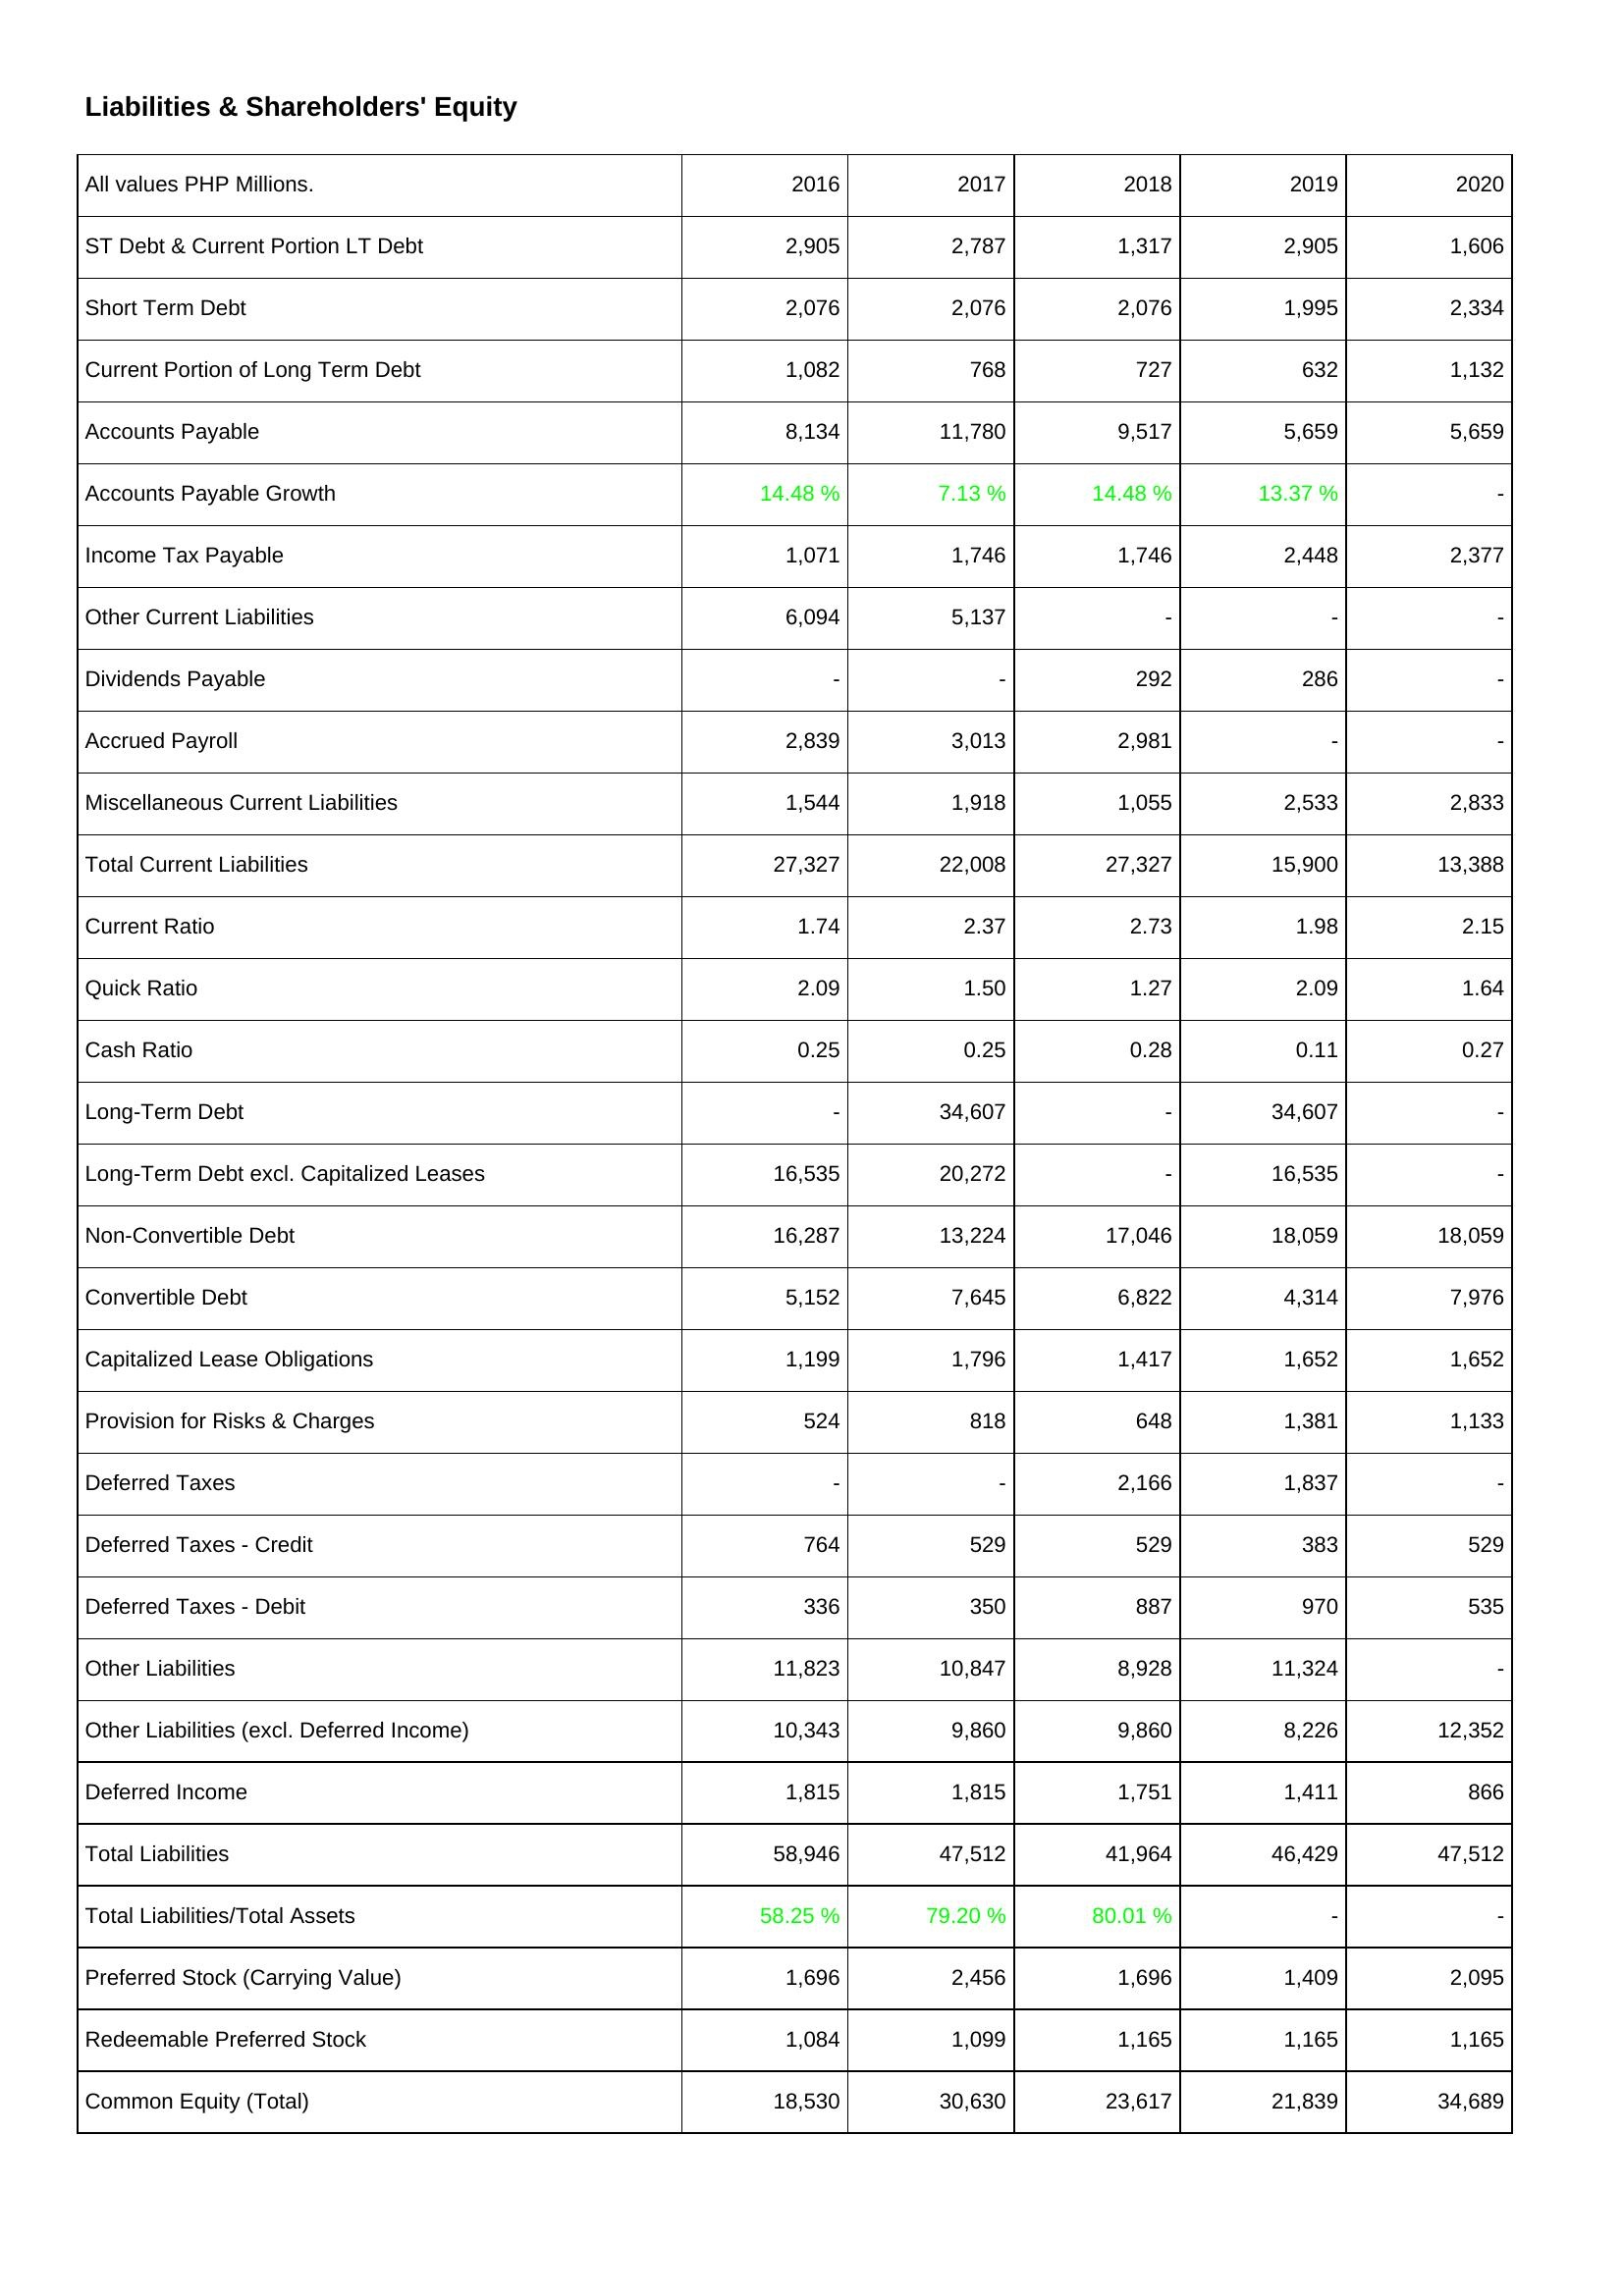
2016: Liabilities & Shareholders' Equity: ST Debt & Current Portion LT Debt: 2,905
Short Term Debt: 2,076
Current Portion of Long Term Debt: 1,082
Accounts Payable: 8,134
Accounts Payable Growth: 14.48 %
Income Tax Payable: 1,071
Other Current Liabilities: 6,094
Dividends Payable: -
Accrued Payroll: 2,839
Miscellaneous Current Liabilities: 1,544
Total Current Liabilities: 27,327
Current Ratio: 1.74
Quick Ratio: 2.09
Cash Ratio: 0.25
Long-Term Debt: -
Long-Term Debt excl. Capitalized Leases: 16,535
Non-Convertible Debt: 16,287
Convertible Debt: 5,152
Capitalized Lease Obligations: 1,199
Provision for Risks & Charges: 524
Deferred Taxes: -
Deferred Taxes - Credit: 764
Deferred Taxes - Debit: 336
Other Liabilities: 11,823
Other Liabilities (excl. Deferred Income): 10,343
Deferred Income: 1,815
Total Liabilities: 58,946
Total Liabilities/Total Assets: 58.25 %
Preferred Stock (Carrying Value): 1,696
Redeemable Preferred Stock: 1,084
Common Equity (Total): 18,530
2017: Liabilities & Shareholders' Equity: ST Debt & Current Portion LT Debt: 2,787
Short Term Debt: 2,076
Current Portion of Long Term Debt: 768
Accounts Payable: 11,780
Accounts Payable Growth: 7.13 %
Income Tax Payable: 1,746
Other Current Liabilities: 5,137
Dividends Payable: -
Accrued Payroll: 3,013
Miscellaneous Current Liabilities: 1,918
Total Current Liabilities: 22,008
Current Ratio: 2.37
Quick Ratio: 1.50
Cash Ratio: 0.25
Long-Term Debt: 34,607
Long-Term Debt excl. Capitalized Leases: 20,272
Non-Convertible Debt: 13,224
Convertible Debt: 7,645
Capitalized Lease Obligations: 1,796
Provision for Risks & Charges: 818
Deferred Taxes: -
Deferred Taxes - Credit: 529
Deferred Taxes - Debit: 350
Other Liabilities: 10,847
Other Liabilities (excl. Deferred Income): 9,860
Deferred Income: 1,815
Total Liabilities: 47,512
Total Liabilities/Total Assets: 79.20 %
Preferred Stock (Carrying Value): 2,456
Redeemable Preferred Stock: 1,099
Common Equity (Total): 30,630
2018: Liabilities & Shareholders' Equity: ST Debt & Current Portion LT Debt: 1,317
Short Term Debt: 2,076
Current Portion of Long Term Debt: 727
Accounts Payable: 9,517
Accounts Payable Growth: 14.48 %
Income Tax Payable: 1,746
Other Current Liabilities: -
Dividends Payable: 292
Accrued Payroll: 2,981
Miscellaneous Current Liabilities: 1,055
Total Current Liabilities: 27,327
Current Ratio: 2.73
Quick Ratio: 1.27
Cash Ratio: 0.28
Long-Term Debt: -
Long-Term Debt excl. Capitalized Leases: -
Non-Convertible Debt: 17,046
Convertible Debt: 6,822
Capitalized Lease Obligations: 1,417
Provision for Risks & Charges: 648
Deferred Taxes: 2,166
Deferred Taxes - Credit: 529
Deferred Taxes - Debit: 887
Other Liabilities: 8,928
Other Liabilities (excl. Deferred Income): 9,860
Deferred Income: 1,751
Total Liabilities: 41,964
Total Liabilities/Total Assets: 80.01 %
Preferred Stock (Carrying Value): 1,696
Redeemable Preferred Stock: 1,165
Common Equity (Total): 23,617
2019: Liabilities & Shareholders' Equity: ST Debt & Current Portion LT Debt: 2,905
Short Term Debt: 1,995
Current Portion of Long Term Debt: 632
Accounts Payable: 5,659
Accounts Payable Growth: 13.37 %
Income Tax Payable: 2,448
Other Current Liabilities: -
Dividends Payable: 286
Accrued Payroll: -
Miscellaneous Current Liabilities: 2,533
Total Current Liabilities: 15,900
Current Ratio: 1.98
Quick Ratio: 2.09
Cash Ratio: 0.11
Long-Term Debt: 34,607
Long-Term Debt excl. Capitalized Leases: 16,535
Non-Convertible Debt: 18,059
Convertible Debt: 4,314
Capitalized Lease Obligations: 1,652
Provision for Risks & Charges: 1,381
Deferred Taxes: 1,837
Deferred Taxes - Credit: 383
Deferred Taxes - Debit: 970
Other Liabilities: 11,324
Other Liabilities (excl. Deferred Income): 8,226
Deferred Income: 1,411
Total Liabilities: 46,429
Total Liabilities/Total Assets: -
Preferred Stock (Carrying Value): 1,409
Redeemable Preferred Stock: 1,165
Common Equity (Total): 21,839
2020: Liabilities & Shareholders' Equity: ST Debt & Current Portion LT Debt: 1,606
Short Term Debt: 2,334
Current Portion of Long Term Debt: 1,132
Accounts Payable: 5,659
Accounts Payable Growth: -
Income Tax Payable: 2,377
Other Current Liabilities: -
Dividends Payable: -
Accrued Payroll: -
Miscellaneous Current Liabilities: 2,833
Total Current Liabilities: 13,388
Current Ratio: 2.15
Quick Ratio: 1.64
Cash Ratio: 0.27
Long-Term Debt: -
Long-Term Debt excl. Capitalized Leases: -
Non-Convertible Debt: 18,059
Convertible Debt: 7,976
Capitalized Lease Obligations: 1,652
Provision for Risks & Charges: 1,133
Deferred Taxes: -
Deferred Taxes - Credit: 529
Deferred Taxes - Debit: 535
Other Liabilities: -
Other Liabilities (excl. Deferred Income): 12,352
Deferred Income: 866
Total Liabilities: 47,512
Total Liabilities/Total Assets: -
Preferred Stock (Carrying Value): 2,095
Redeemable Preferred Stock: 1,165
Common Equity (Total): 34,689